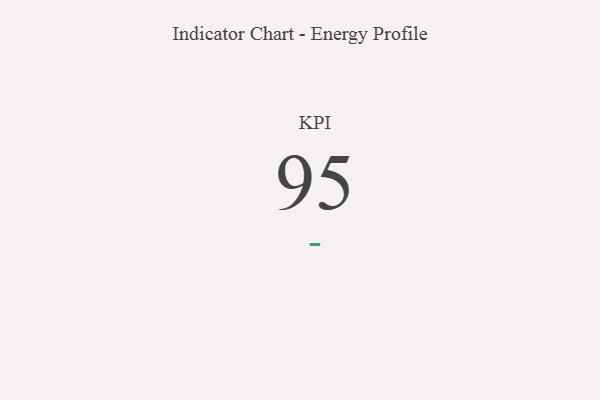
{"axis": {"x": "KPI", "y": "Value"}, "legend": [""], "data": [{"x": "KPI", "y": 95, "type": ""}]}